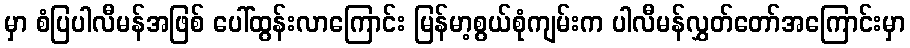
မှာ စံပြပါလီမန်အဖြစ် ပေါ်ထွန်းလာကြောင်း မြန်မာ့စွယ်စုံကျမ်းက ပါလီမန်လွှတ်တော်အကြောင်းမှာ